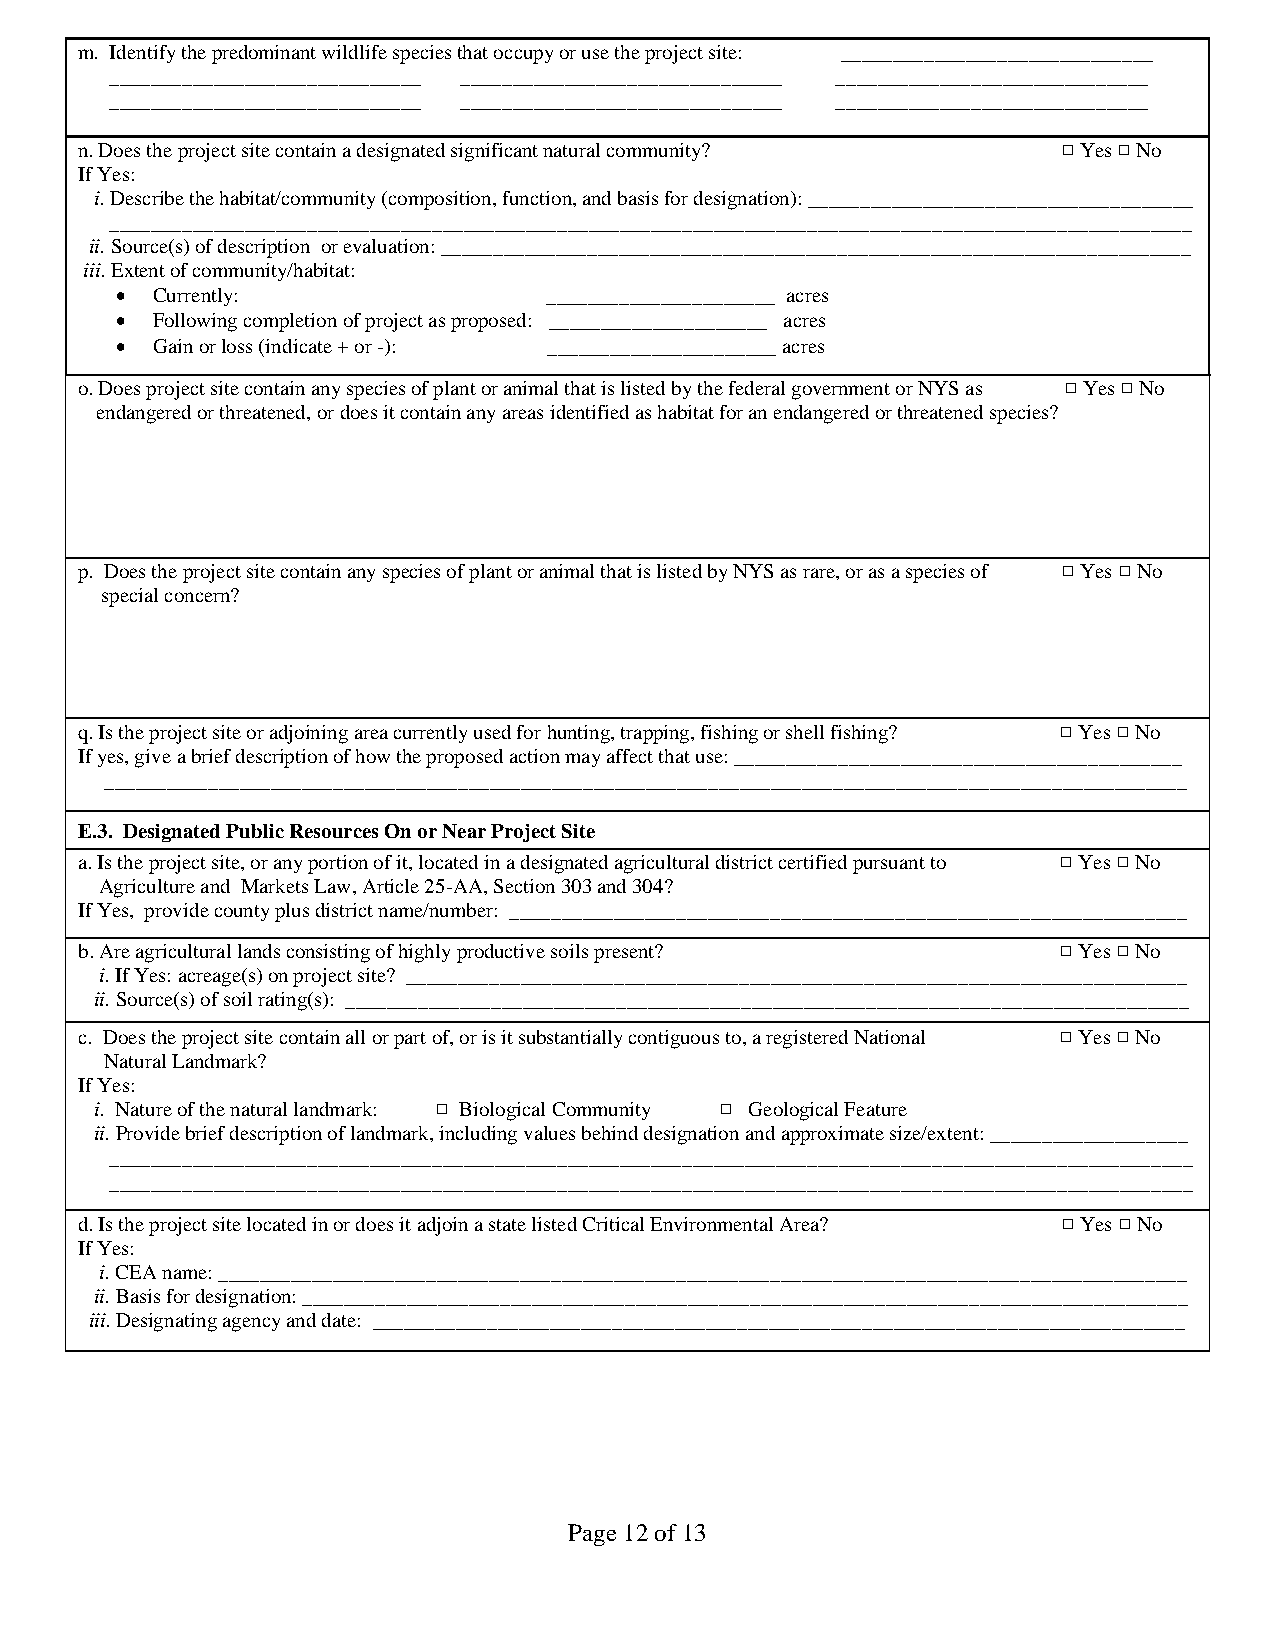
m. Identify the predominant wildlife species that occupy or use the project site: ______________________________
 ______________________________ _______________________________ ______________________________
 ______________________________ _______________________________ ______________________________
 n.Does the project site contain a designated significant natural community? 9 Yes 9 No
 If Yes:
 i.Describe the habitat/community (composition, function, and basis for designation): _____________________________________
 ________________________________________________________________________________________________________
 ii.Source(s) of description or evaluation: ________________________________________________________________________
 iii.Extent of community/habitat:
 • Currently:                ______________________ acres
 • Following completion of project as proposed: _____________________ acres
 • Gain or loss (indicate + or -): ______________________ acres
 o.Does project site contain any species of plant or animal that is listed by the federal government or NYS as 9 Yes 9 No
 endangered or threatened, or does it contain any areas identified as habitat for an endangered or threatened species?
 p. Does the project site contain any species of plant or animal that is listed by NYS as rare, or as a species of 9 Yes 9 No
 special concern?
 q.Is the project site or adjoining area currently used for hunting, trapping, fishing or shell fishing? 9 Yes 9 No
 If yes, give a brief description of how the proposed action may affect that use: ___________________________________________
 ________________________________________________________________________________________________________
 E.3. Designated Public Resources On or Near Project Site
 a.Is the project site, or any portion of it, located in a designated agricultural district certified pursuant to 9 Yes 9 No
 Agriculture and Markets Law, Article 25-AA, Section 303 and 304?
 If Yes, provide county plus district name/number: _________________________________________________________________
 b.Are agricultural lands consisting of highly productive soils present? 9 Yes 9 No
 i.If Yes: acreage(s) on project site? ___________________________________________________________________________
 ii.Source(s) of soil rating(s): _________________________________________________________________________________
 c. Does the project site contain all or part of, or is it substantially contiguous to, a registered National 9 Yes 9 No
 Natural Landmark?
 If Yes:
 i. Nature of the natural landmark: 9 Biological Community 9 Geological Feature
 ii.Provide brief description of landmark, including values behind designation and approximate size/extent: ___________________
 ________________________________________________________________________________________________________
 ________________________________________________________________________________________________________
 d.Is the project site located in or does it adjoin a state listed Critical Environmental Area? 9 Yes 9 No
 If Yes:
 i.CEA name: _____________________________________________________________________________________________
 ii.Basis for designation: _____________________________________________________________________________________
 iii.Designating agency and date: ______________________________________________________________________________
 Page 12 of 13